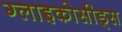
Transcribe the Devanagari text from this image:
ग्लाइकोसीड्स